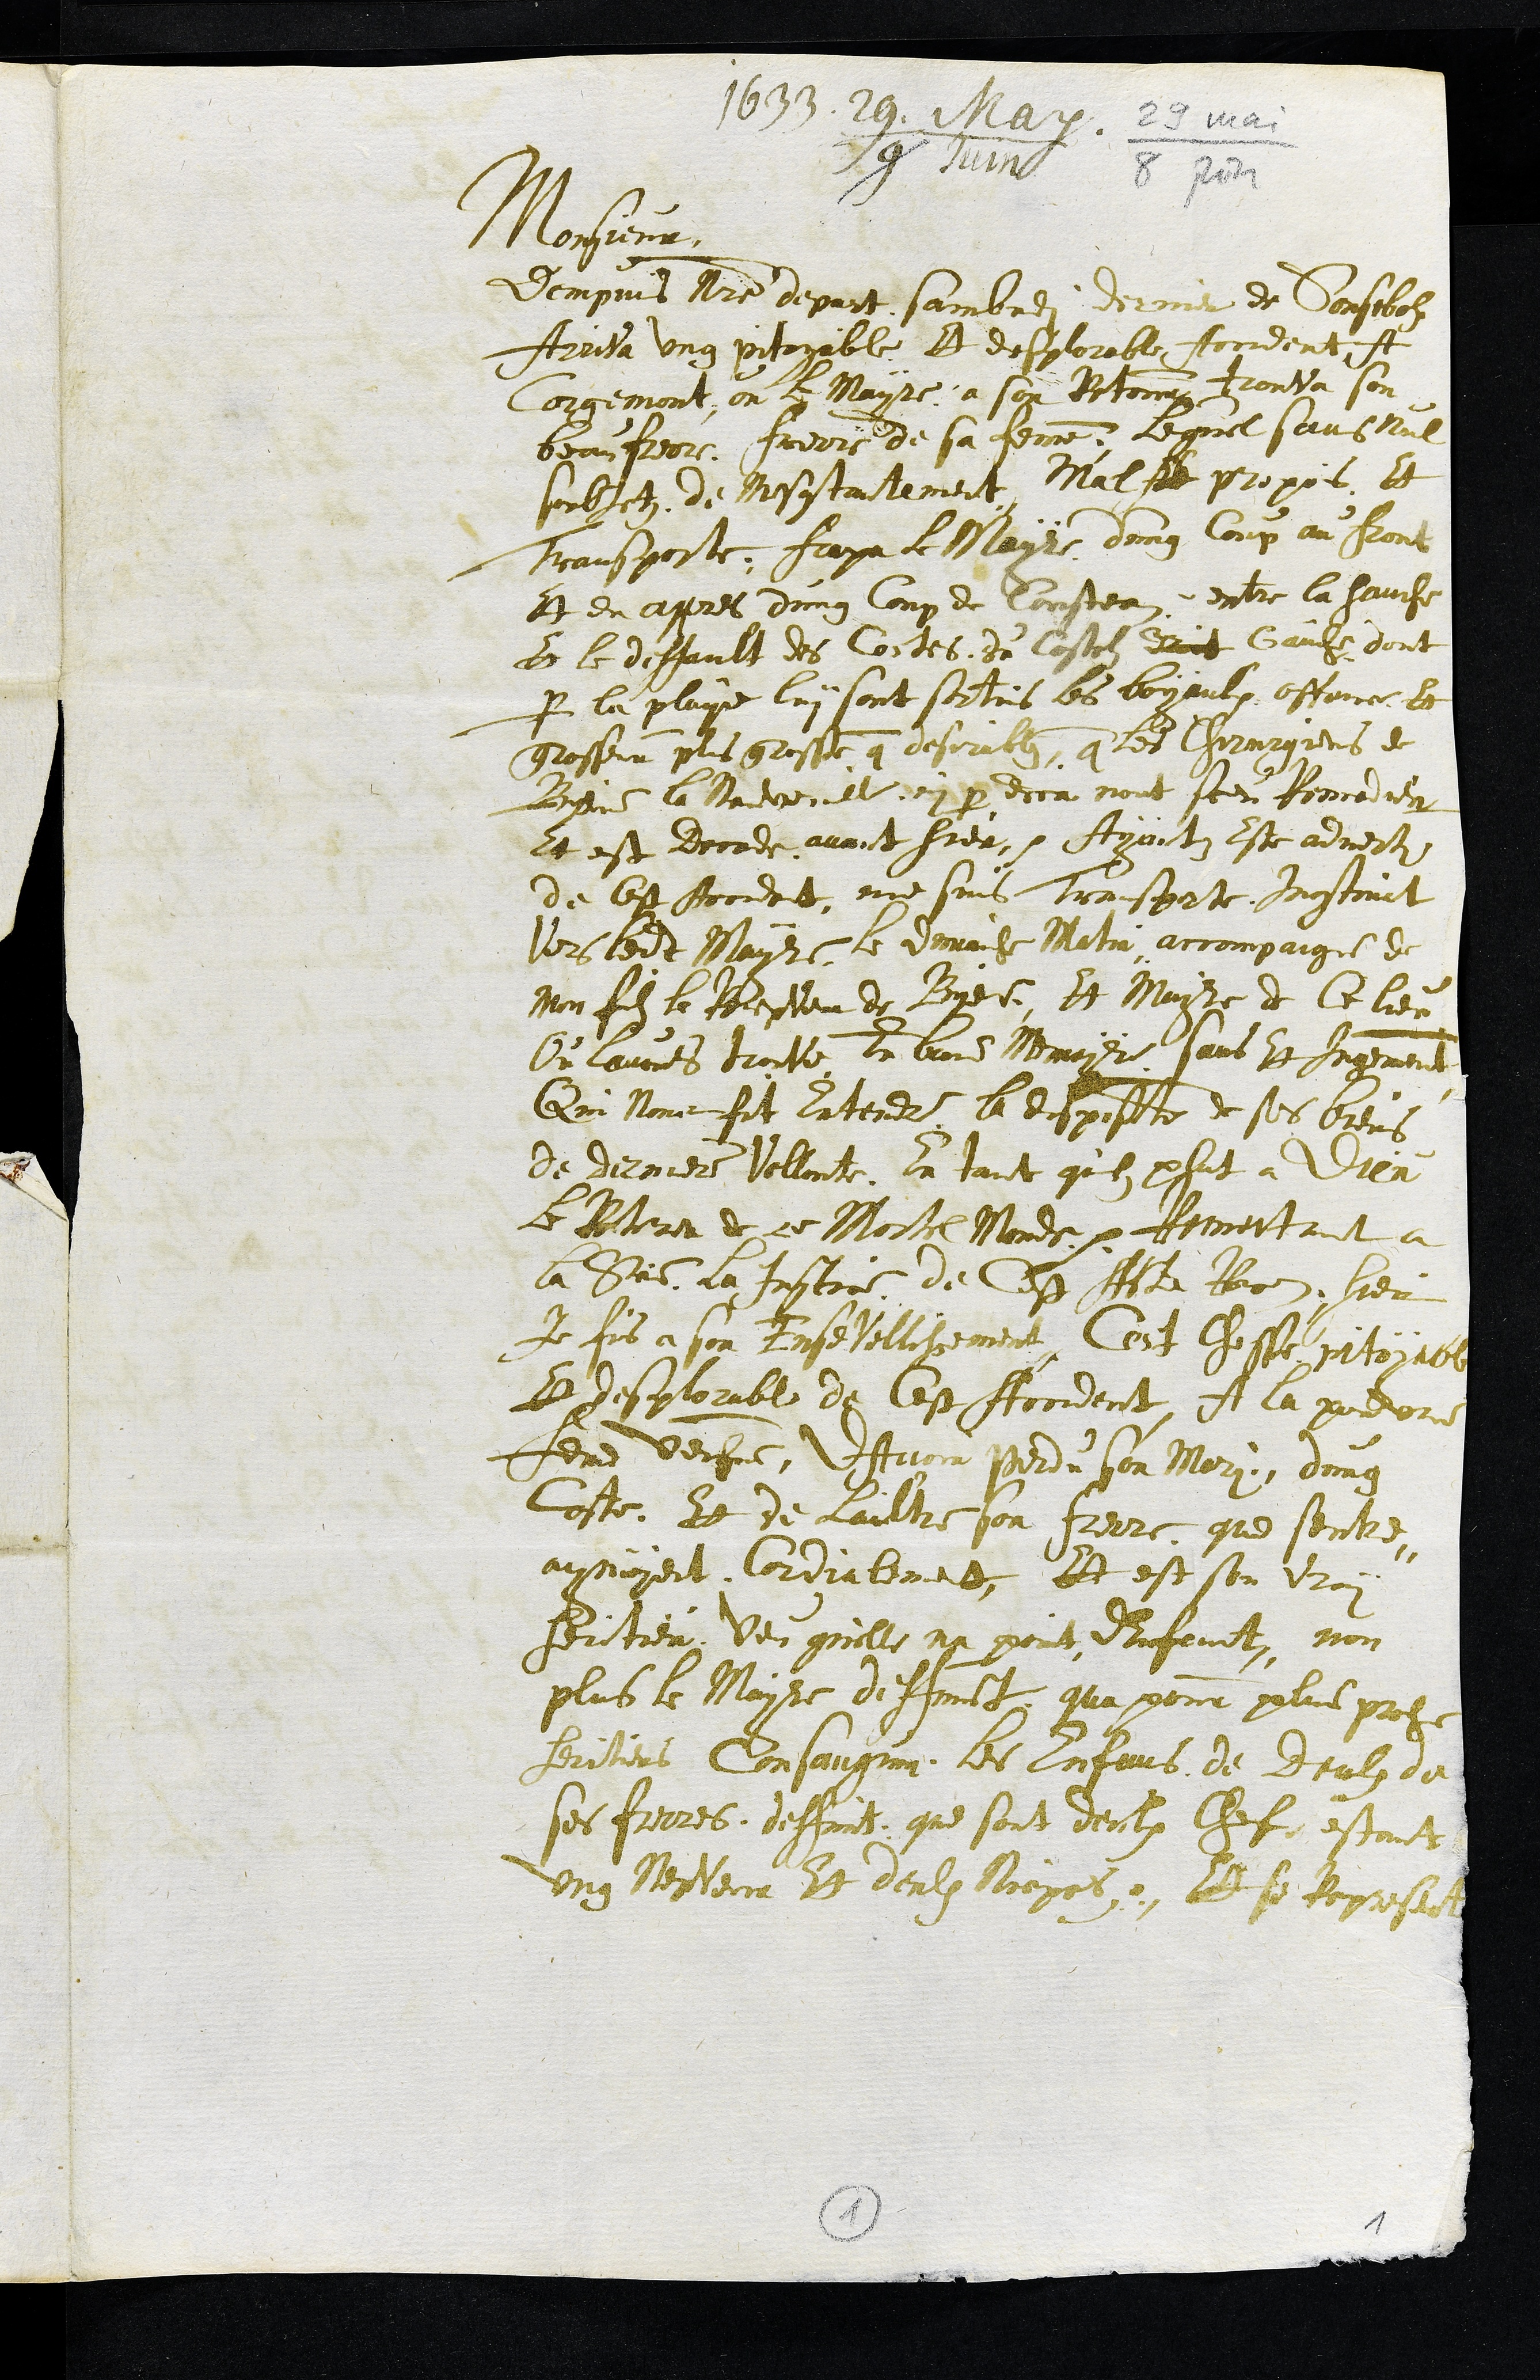
1633. 29. May /
9 juin
29 mai /
8 juin
Monsieur
Dempuis Notre depart sambedi dernier de Sonsebolz
Arriva ung pitoyable Et desplorable Accident A
Corgemont, ou le Mayre a son Retour trouva son
beau frere, frere de sa femme, Lequel sans Nul
subjetz de Mescontantement Mal A propos Et
Transporte; frapa le Mayre dung Coup au front
Et en appres dung Coup de Cousteau, entre la hanche
Et le deffault des Costes du Costel droit Gauche dont
par la playe luy sont sortis les boyaulx offence Et
grosseur plus grosse que describtz, que les Chirurgiens de
Byene la Neuveville oui par deca nont sceu Remedier
Et est Decede avant hier, Ayantz Este adverti
de cest Accident, me suis Transporte Incontinent
Vers ledit Mayre le dimanche Matin accompaigne de
Mon filz le Recepveur de Byene, Et Mayre de ce lieu
Ou lavons trouve En bone Memoyre sains Et jugement
Qui nous fit Entendre la disposition de ses biens
de derniere Vollonte En tant quil plut a Dieu
le Retirer de ce Mortel Monde. Remettant a
La Seigneurie la Justice de Cest Acte Receu ; hier
Je fus a son EnseVellissement. Cest Chosse pitoyable
Et desplorable de Cest Accident, A la pauvre
feme veufe DAvoir perdu son Mari dung
Coste. Et de Laultre son frerre que sentre¬
aymoyent Cordialement, Et est son vray
heritier Veu quelle na point dEnfant, non
plus le Mayre deffunct qua pour plus proche
heritiers Consanguin les Enfans de Deulx de
ses frerres deffunt que sont deulx Chef estant
vng NepVeur Et deulx Niepces, Et se Represente
1
1